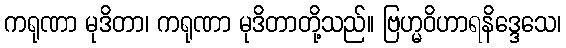
ကရုဏာ မုဒိတာ၊ ကရုဏာ မုဒိတာတို့သည်။ ဗြဟ္မဝိဟာရနိဒ္ဒေသေ၊